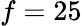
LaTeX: f=25